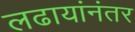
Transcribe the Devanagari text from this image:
लढायांनंतर